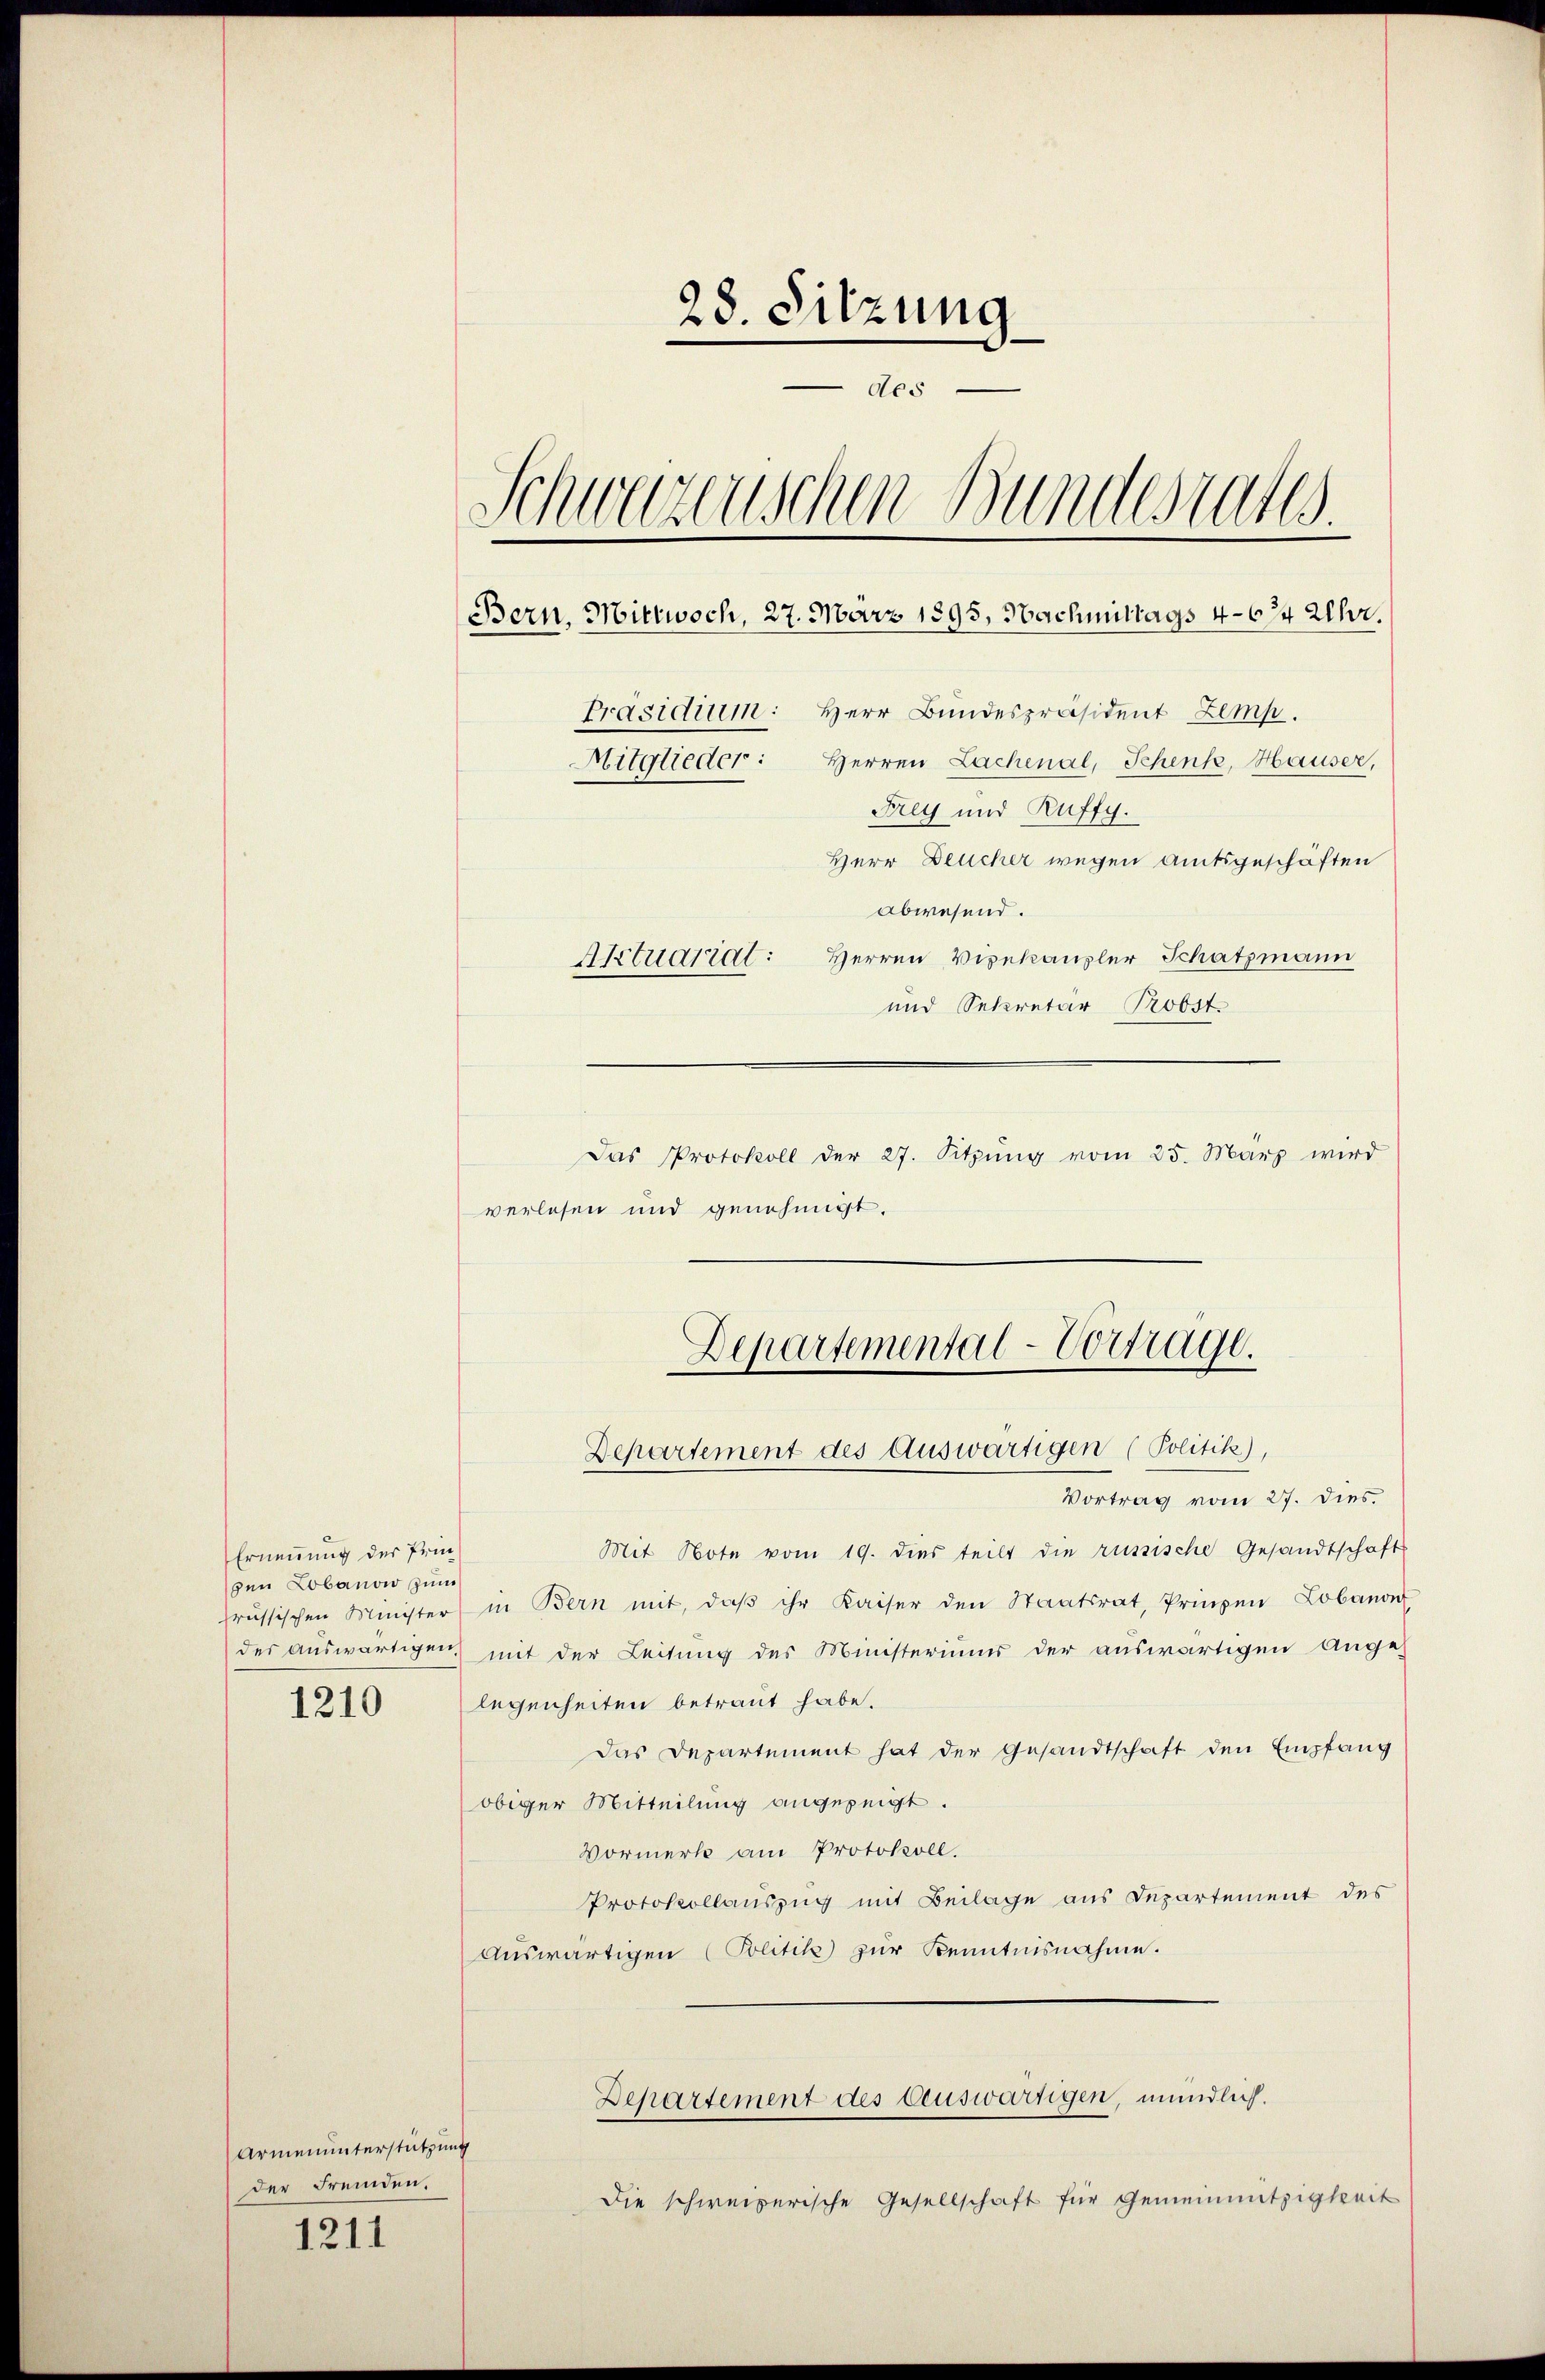
Ernennung des Pringen Lobanow zum

1210

Armenunterstützung
der Fremden.

1211

28. Sitzung
des
Schweizerischen Bundesrates.
Bern. Mittwoch, 27. März 1895, Nachmittags 4-674 Uhr.
Präsidium: Herr Bundespräsident Zemp.
Mitglieder: Herren Lachenal, Schenk, Hauser,
Frey und Ruffy.
Herr Deucher wegen Amtsgeschäften
abwesend.
Aktuariat: Herren Vizekanzler Schatzmann
und Sekretär Probst.

verlesen und genehmigt.

Vortrag vom 27. dies
Mit Note vom 19. dies teilt die russische Gesandtschaft
früssischen Minister in Bern mit, daβ ihr Kaiser den Staatsrat, Prinzen Lobanon
der auswärtigen mit der Leitung des Ministeriums der auswärtigen Ange-
legenheiten betraut habe.
Das Departement hat der Gesandtschaft den Empfang
obiger Mitteilung angezeigt.
Vormerk am Protokoll.
Protokollauszug mit Beilage aus Departement des
aŭswärtigen (Politik zur Kenntnisnahme.
Departement des Ceuswärtigen, mündlich.
Die schweizerische Gesellschaft für Gemeinnützigkeit

Das Protokoll der 27. Sitzŭng vom 25. März wird

Departemental-Vortrage.
Departement des Auswärtigen (Politik),